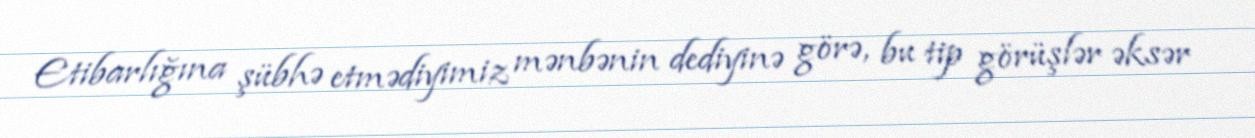
Etibarlığına şübhə etmədiyimiz mənbənin dediyinə görə, bu tip görüşlər əksər